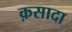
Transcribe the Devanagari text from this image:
क़सादा